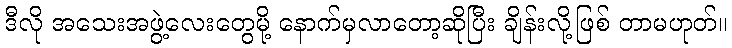
ဒီလို အသေးအဖွဲ့လေးတွေမို့ နောက်မှလာတော့ဆိုပြီး ချိန်းလို့ဖြစ် တာမဟုတ်။